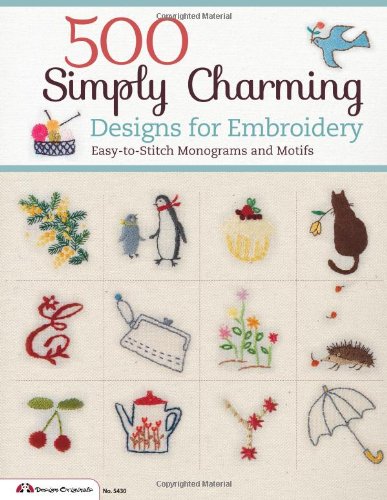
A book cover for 500 Simply Charming Designs for Embroidery: Easy-to-Stitch Monograms and Motifs (Design Originals); LTD E & G Crafts Co.; Crafts, Hobbies & Home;